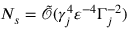
N _ { s } = \tilde { \mathcal { O } } ( \gamma _ { j } ^ { 4 } \varepsilon ^ { - 4 } \Gamma _ { j } ^ { - 2 } )